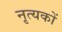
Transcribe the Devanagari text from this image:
नृत्यकों